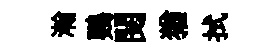
瀚鸚閲猶拭